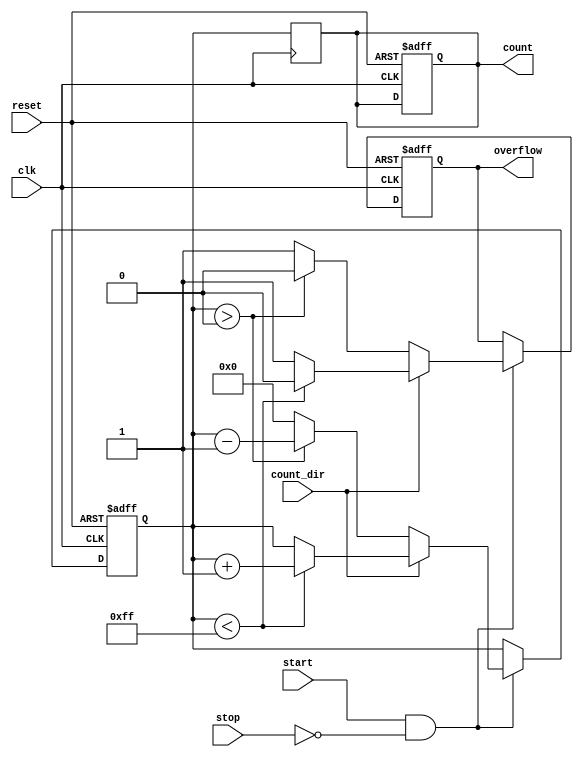
module windowed_counter #(
    parameter COUNTER_WIDTH = 8,
    parameter MAX_COUNT = (1 << COUNTER_WIDTH) - 1
)(
    input wire clk,
    input wire reset,
    input wire start,
    input wire stop,
    input wire count_dir,  // 1 for up, 0 for down
    output reg [COUNTER_WIDTH-1:0] count,
    output reg overflow
);

    // Memory storage for the current count value
    reg [COUNTER_WIDTH-1:0] count_memory;

    always @(posedge clk or posedge reset) begin
        if (reset) begin
            count_memory <= 0;
            count <= 0;
            overflow <= 0;
        end else begin
            // Handle start/stop conditions
            if (start && !stop) begin
                if (count_dir) begin // Counting up
                    if (count_memory < MAX_COUNT) begin
                        count_memory <= count_memory + 1;
                        overflow <= 0;
                    end else begin
                        overflow <= 1; // Indicate overflow condition
                    end
                end else begin // Counting down
                    if (count_memory > 0) begin
                        count_memory <= count_memory - 1;
                        overflow <= 0;
                    end else begin
                        // Underflow condition (optional, can be handled if needed)
                        count_memory <= 0; // Reset to 0 on underflow
                        overflow <= 1; // Indicate underflow condition if needed
                    end
                end
            end
        end
    end

    // Output assignment
    always @(posedge clk) begin
        count <= count_memory;
    end

endmodule